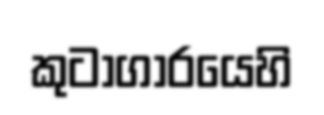
කුටාගාරයෙහි